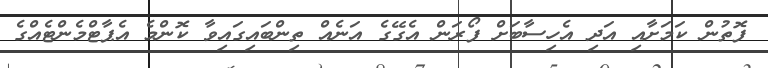
ފޮތުން ކަމަށާއި އަދި އެހިސާބަށް ފޯރަން އެގޭގެ އަނެއް ތިންބައިގައިވާ ކޮންމެ އެޕާޓްމެންޓެއްގެ